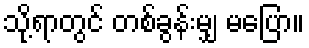
သို့ရာတွင် တစ်ခွန်းမျှ မပြော။